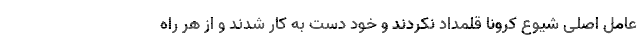
عامل اصلی شیوع کرونا قلمداد نکردند و خود دست به کار شدند و از هر راه